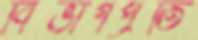
বিভাগপ্রতি